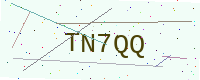
Text: TN7QQ